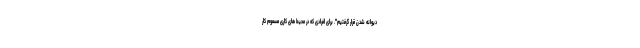
دیوانه شدن قرار گرفتیم". برای افرادی که در محیط های کاری مسموم کار